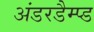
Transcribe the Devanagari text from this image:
अंडरडैम्प्ड